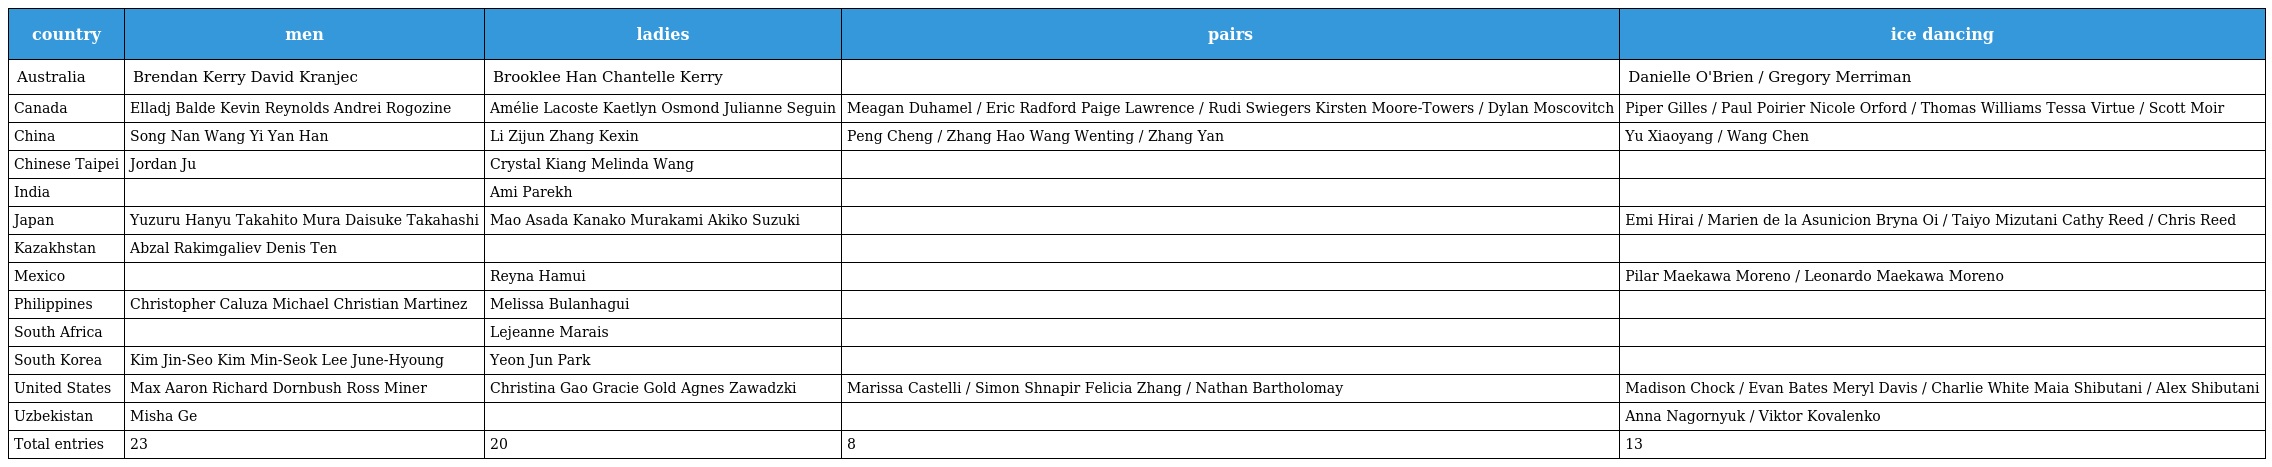
| country | men | ladies | pairs | ice dancing |
 | --- | --- | --- | --- | --- |
 | Australia | Brendan Kerry David Kranjec | Brooklee Han Chantelle Kerry |  | Danielle O'Brien / Gregory Merriman |
 | Canada | Elladj Balde Kevin Reynolds Andrei Rogozine | Amélie Lacoste Kaetlyn Osmond Julianne Seguin | Meagan Duhamel / Eric Radford Paige Lawrence / Rudi Swiegers Kirsten Moore-Towers / Dylan Moscovitch | Piper Gilles / Paul Poirier Nicole Orford / Thomas Williams Tessa Virtue / Scott Moir |
 | China | Song Nan Wang Yi Yan Han | Li Zijun Zhang Kexin | Peng Cheng / Zhang Hao Wang Wenting / Zhang Yan | Yu Xiaoyang / Wang Chen |
 | Chinese Taipei | Jordan Ju | Crystal Kiang Melinda Wang |  |  |
 | India |  | Ami Parekh |  |  |
 | Japan | Yuzuru Hanyu Takahito Mura Daisuke Takahashi | Mao Asada Kanako Murakami Akiko Suzuki |  | Emi Hirai / Marien de la Asunicion Bryna Oi / Taiyo Mizutani Cathy Reed / Chris Reed |
 | Kazakhstan | Abzal Rakimgaliev Denis Ten |  |  |  |
 | Mexico |  | Reyna Hamui |  | Pilar Maekawa Moreno / Leonardo Maekawa Moreno |
 | Philippines | Christopher Caluza Michael Christian Martinez | Melissa Bulanhagui |  |  |
 | South Africa |  | Lejeanne Marais |  |  |
 | South Korea | Kim Jin-Seo Kim Min-Seok Lee June-Hyoung | Yeon Jun Park |  |  |
 | United States | Max Aaron Richard Dornbush Ross Miner | Christina Gao Gracie Gold Agnes Zawadzki | Marissa Castelli / Simon Shnapir Felicia Zhang / Nathan Bartholomay | Madison Chock / Evan Bates Meryl Davis / Charlie White Maia Shibutani / Alex Shibutani |
 | Uzbekistan | Misha Ge |  |  | Anna Nagornyuk / Viktor Kovalenko |
 | Total entries | 23 | 20 | 8 | 13 |